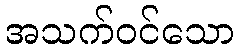
အသက်ဝင်သော